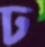
ঢ